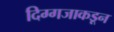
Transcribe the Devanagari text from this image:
दिग्गजाकडून